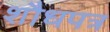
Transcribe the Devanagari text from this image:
शौधपत्र